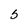
Character: 5